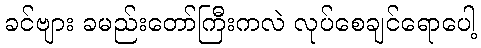
ခင်ဗျား ခမည်းတော်ကြီးကလဲ လုပ်စေချင်ရောပေါ့